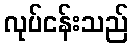
လုပ်ငန်းသည်